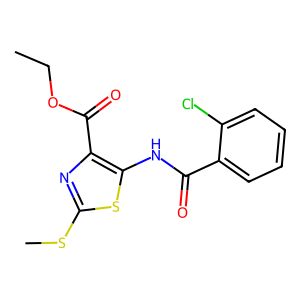
SMILES: CCOC(=O)c1nc(SC)sc1NC(=O)c1ccccc1Cl
Inhibits HIV replication: No